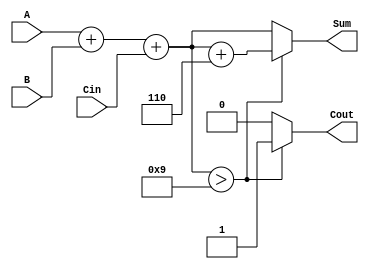
module BCD_Conditional_Adder (
    input [3:0] A,     // First BCD digit
    input [3:0] B,     // Second BCD digit
    input Cin,         // Carry input
    output reg [3:0] Sum, // BCD sum output
    output reg Cout     // Carry output
);

    wire [4:0] Sum_temp; // Temporary sum, 5 bits to accommodate potential carry
    wire correction_needed;

    // Compute the initial sum of A, B, and Cin
    assign Sum_temp = A + B + Cin;

    // Check if correction is needed (Sum_temp > 9)
    assign correction_needed = Sum_temp[3:0] > 4'b1001;

    always @(*) begin
        if (correction_needed) begin
            Sum = Sum_temp[3:0] + 4'b0110; // Apply correction by adding 6
            Cout = 1; // Set carry output to 1
        end else begin
            Sum = Sum_temp[3:0]; // No correction needed
            Cout = 0; // Set carry output to 0
        end
    end

endmodule